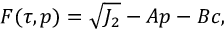
F ( \tau , p ) = \sqrt { J _ { 2 } } - A p - B c ,